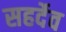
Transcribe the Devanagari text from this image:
सहर्देव